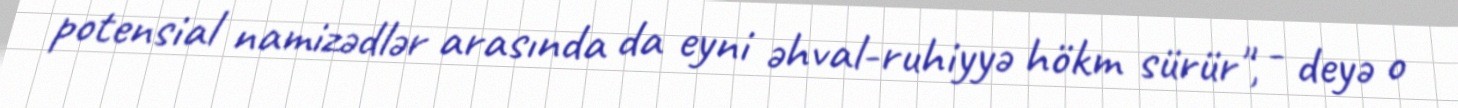
potensial namizədlər arasında da eyni əhval-ruhiyyə hökm sürür", - deyə o